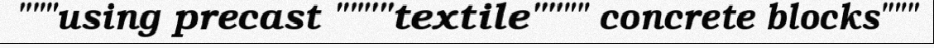
"""using precast """"textile"""" concrete blocks"""